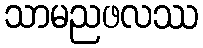
သာမညဖလဿ